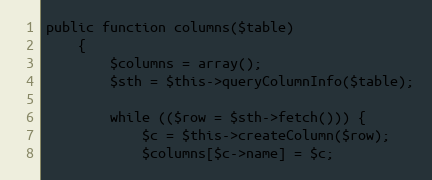
Language: PHP
public function columns($table)
	{
		$columns = array();
		$sth = $this->queryColumnInfo($table);

		while (($row = $sth->fetch())) {
			$c = $this->createColumn($row);
			$columns[$c->name] = $c;